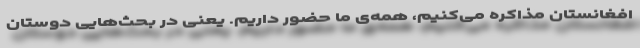
افغانستان مذاکره می‌کنیم، همه‌ی ما حضور داریم. یعنی در بحث‌هایی دوستان